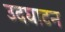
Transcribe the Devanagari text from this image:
उदघाटन